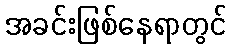
အခင်းဖြစ်နေရာတွင်